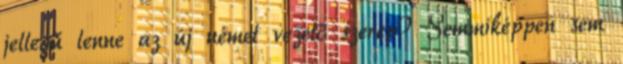
jellegű lenne az új német vezető szerep? Semmiképpen sem